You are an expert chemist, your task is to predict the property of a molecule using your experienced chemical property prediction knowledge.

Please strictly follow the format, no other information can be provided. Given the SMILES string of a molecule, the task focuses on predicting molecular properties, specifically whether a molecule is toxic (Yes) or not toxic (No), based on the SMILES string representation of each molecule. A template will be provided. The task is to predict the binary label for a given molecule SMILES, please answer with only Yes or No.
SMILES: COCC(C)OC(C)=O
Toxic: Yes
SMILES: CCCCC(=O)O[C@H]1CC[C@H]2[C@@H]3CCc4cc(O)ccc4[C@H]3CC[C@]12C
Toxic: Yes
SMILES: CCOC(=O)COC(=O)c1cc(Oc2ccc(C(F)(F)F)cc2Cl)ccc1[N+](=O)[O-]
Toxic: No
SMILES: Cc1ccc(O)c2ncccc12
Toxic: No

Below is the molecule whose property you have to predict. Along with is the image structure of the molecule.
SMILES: CC(=O)Nc1ccc(O)cc1
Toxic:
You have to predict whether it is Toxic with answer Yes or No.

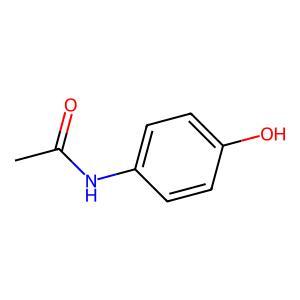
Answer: No